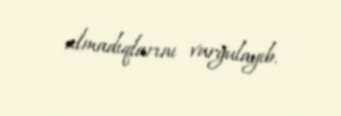
almadıqlarını vurğulayıb.